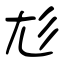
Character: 尨